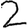
Digit: 2